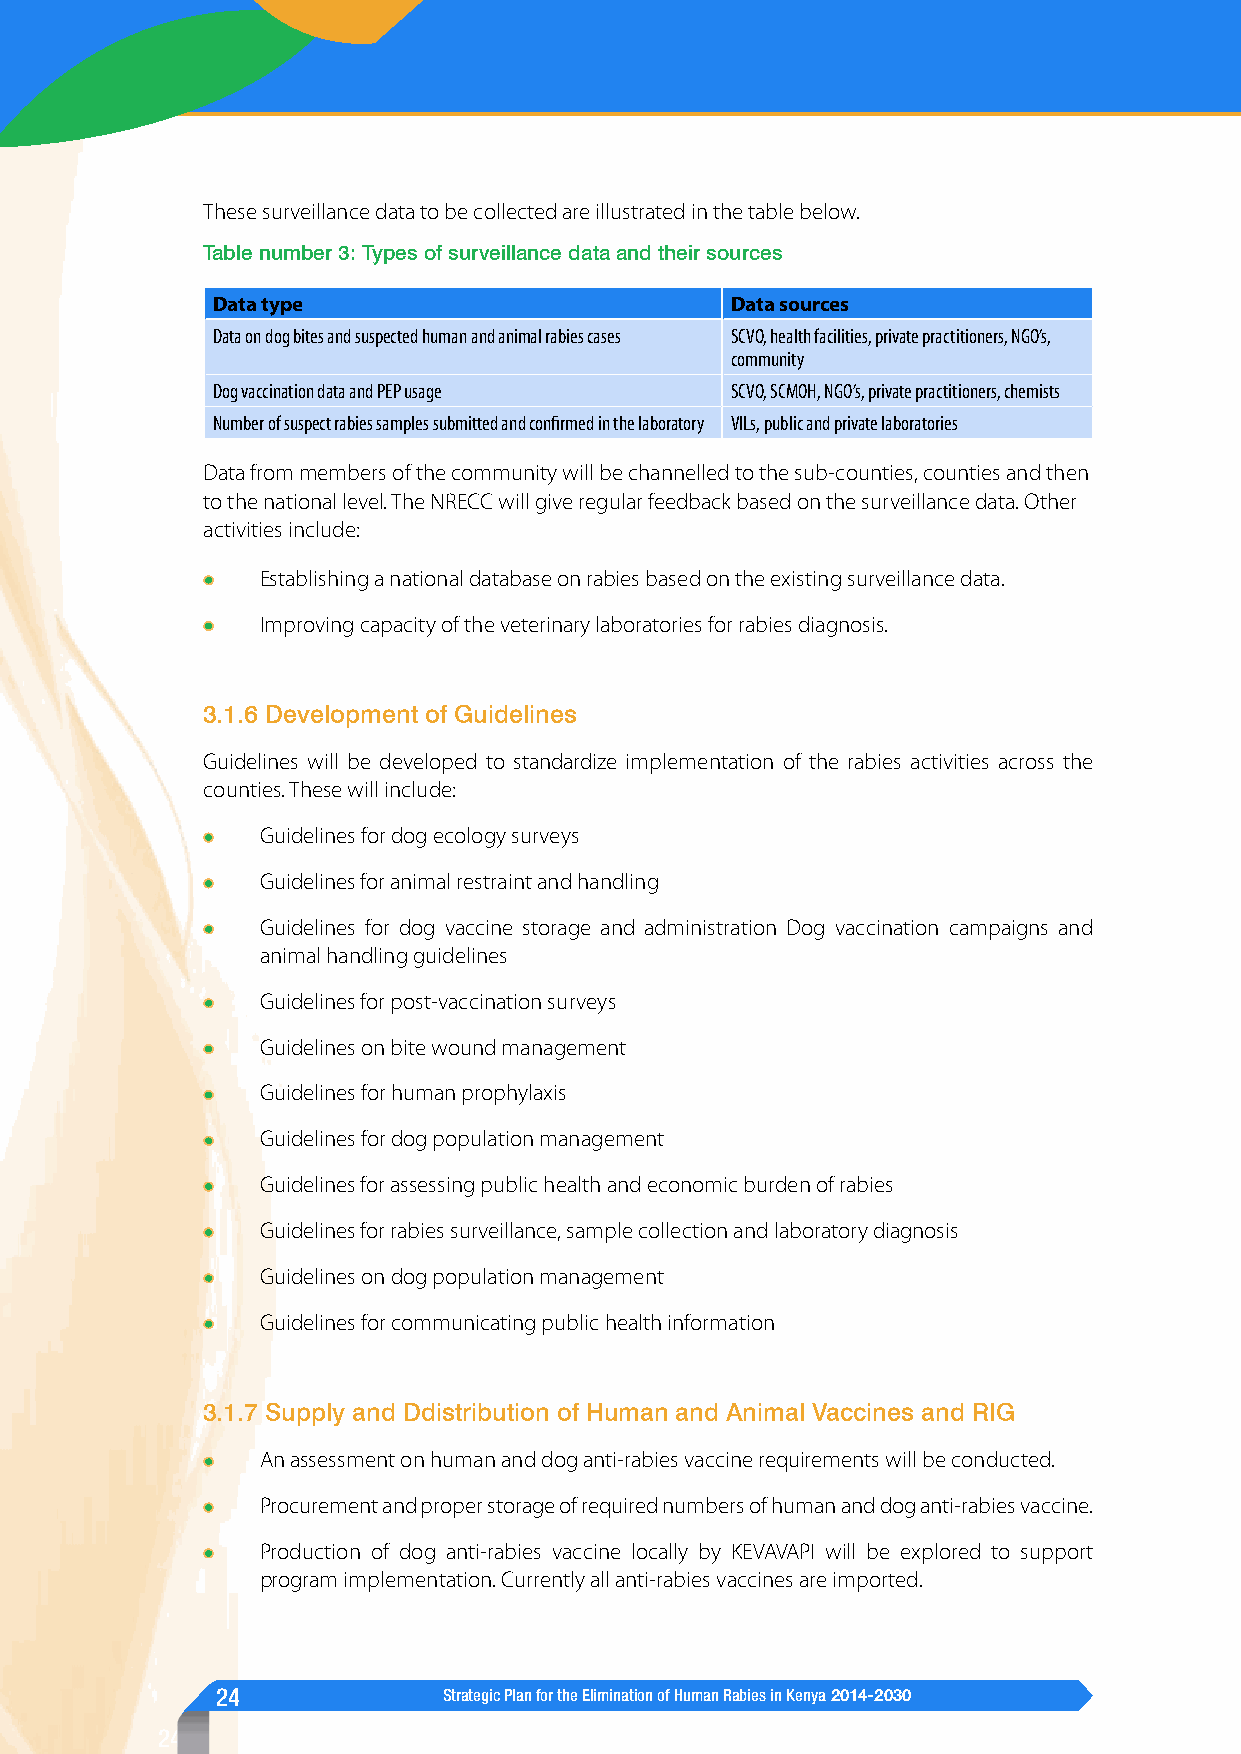
These surveillance data to be collected are illustrated in the table below.
 Table number 3: Types of surveillance data and their sources
 Data type                         Data sources
 Data on dog bites and suspected human and animal rabies cases SCVO, health facilities, private practitioners, NGO’s,
 community
 Dog vaccination data and PEP usage SCVO, SCMOH, NGO’s, private practitioners, chemists
 Number of suspect rabies samples submitted and confirmed in the laboratory VILs, public and private laboratories
 Data from members of the community will be channelled to the sub-counties, counties and then
 to the national level. The NRECC will give regular feedback based on the surveillance data. Other
 activities include:
 Establishing a national database on rabies based on the existing surveillance data.
 Improving capacity of the veterinary laboratories for rabies diagnosis.
 3.1.6 Development of Guidelines
 Guidelines will be developed to standardize implementation of the rabies activities across the
 counties. These will include:
 Guidelines for dog ecology surveys
 Guidelines for animal restraint and handling
 Guidelines for dog vaccine storage and administration Dog vaccination campaigns and
 animal handling guidelines
 Guidelines for post-vaccination surveys
 Guidelines on bite wound management
 Guidelines for human prophylaxis
 Guidelines for dog population management
 Guidelines for assessing public health and economic burden of rabies
 Guidelines for rabies surveillance, sample collection and laboratory diagnosis
 Guidelines on dog population management
 Guidelines for communicating public health information
 3.1.7 Supply and Ddistribution of Human and Animal Vaccines and RIG
 An assessment on human and dog anti-rabies vaccine requirements will be conducted.
 Procurement and proper storage of required numbers of human and dog anti-rabies vaccine.
 Production of dog anti-rabies vaccine locally by KEVAVAPI will be explored to support
 program implementation. Currently all anti-rabies vaccines are imported.
 24             Strategic Plan for the Elimination of Human Rabies in Kenya 2014-2030
 24